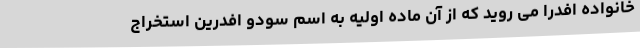
خانواده افدرا می روید که از آن ماده اولیه به اسم سودو افدرین استخراج